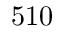
5 1 0